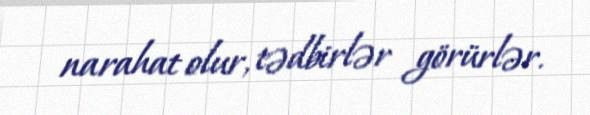
narahat olur, tədbirlər görürlər.